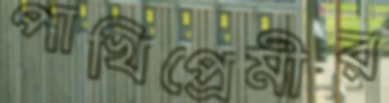
পাখিপ্রেমীর